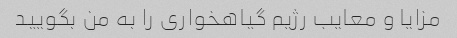
مزایا و معایب رژیم گیاهخواری را به من بگویید